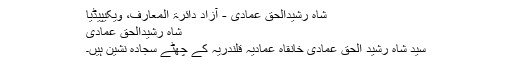
شاہ رشیدالحق عمادی - آزاد دائرۃ المعارف، ویکیپیڈیا
شاہ رشیدالحق عمادی
سید شاہ رشید الحق عمادی خانقاہ عمادیہ قلندریہ کے چھٹے سجادہ نشین ہیں۔